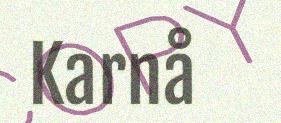
Karnå